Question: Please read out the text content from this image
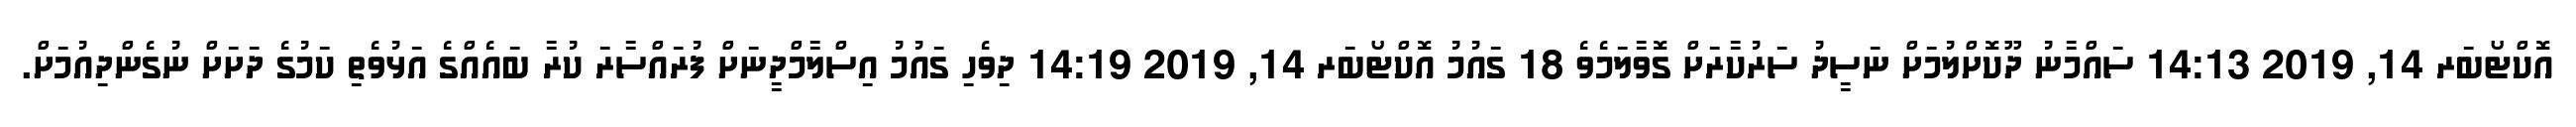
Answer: އޮކްޓޯބަރ 14, 2019 14:13 ސައްމާނު ދޫކޮށްލުމަށް ނަސީދު ސަރުކާރަށް ގޮވާލަމެވެ 18 ގައުމު އޮކްޓޯބަރ 14, 2019 14:19 ދިވެހި ގައުމު އިސްލާމްދީނަށް ފުރައްސާރަ ކުރާ ބައެއްގެ އަޅުވެތި ކަމުގެ ދަށަށް ނުގެންދިއުމަށް.